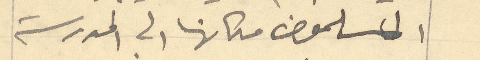
المسلمون مكانها الى المدرسة